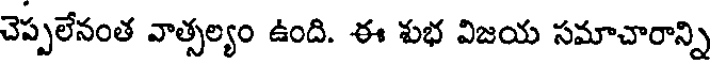
చెప్పలేనంత వాత్సల్యం ఉంది. ఈ శుభ విజయ సమాచారాన్ని